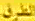
الطريقة